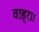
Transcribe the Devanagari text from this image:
वाड्रा।